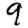
Digit: 9